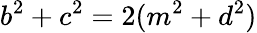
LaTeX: b^{2}+c^{2}=2(m^{2}+d^{2})